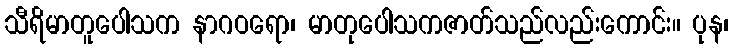
သီရိမာတူပေါသက နာဂဝရော၊ မာတုပေါသကဇာတ်သည်လည်းကောင်း။ ပုန၊